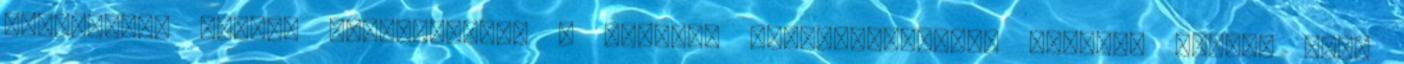
Irodájának fõnöke jelenlétében a kiugrás elõkészítésérõl tárgyal Miklós Béla